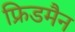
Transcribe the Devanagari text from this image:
फ्रिडमैन